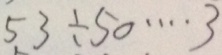
5 3 \div 5 0 \cdots 3